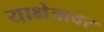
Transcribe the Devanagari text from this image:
याक्षेत्रावर